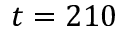
t = 2 1 0